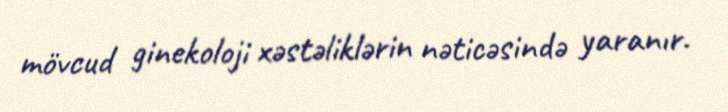
mövcud ginekoloji xəstəliklərin nəticəsində yaranır.